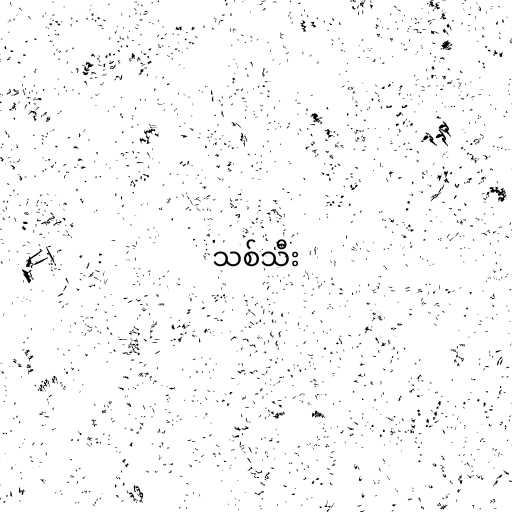
သစ်သီး